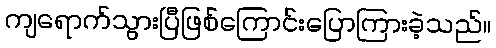
ကျရောက်သွားပြီဖြစ်ကြောင်းပြောကြားခဲ့သည်။